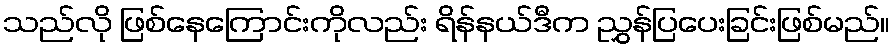
သည်လို ဖြစ်နေကြောင်းကိုလည်း ရိန်နယ်ဒီက ညွှန်ပြပေးခြင်းဖြစ်မည်။